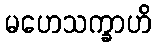
မဟေသက္ခာဟိ